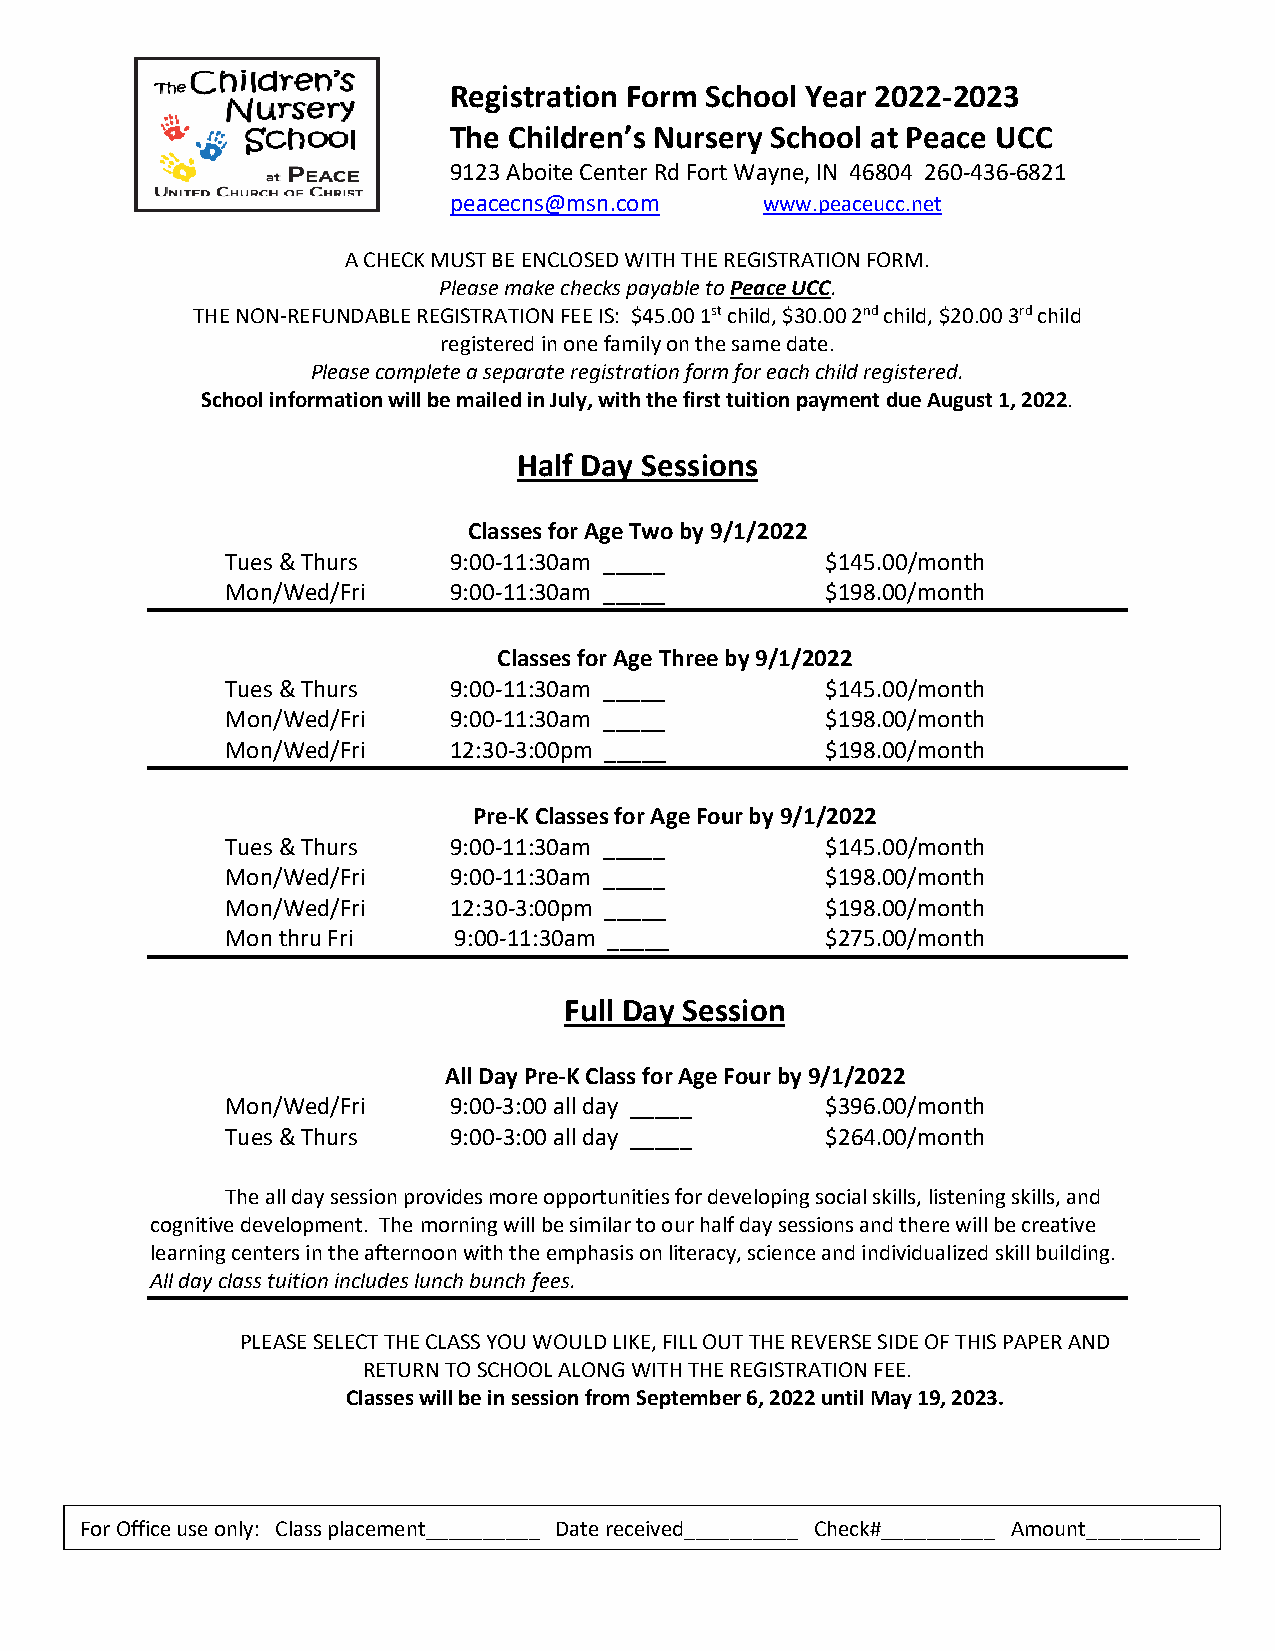
Registration Form School Year 2022-2023
 The Children’s Nursery School at Peace UCC
 9123 Aboite Center Rd Fort Wayne, IN 46804 260-436-6821
 peacecns@msn.com     www.peaceucc.net
 A CHECK MUST BE ENCLOSED WITH THE REGISTRATION FORM.
 Please make checks payable to Peace UCC.
 THE NON-REFUNDABLE REGISTRATION FEE IS: $45.00 1st child, $30.00 2nd child, $20.00 3rd child
 registered in one family on the same date.
 Please complete a separate registration form for each child registered.
 School information will be mailed in July, with the first tuition payment due August 1, 2022.
 Half Day Sessions
 Classes for Age Two by 9/1/2022
 Tues & Thurs   9:00-11:30am _____       $145.00/month
 Mon/Wed/Fri    9:00-11:30am _____       $198.00/month
 Classes for Age Three by 9/1/2022
 Tues & Thurs   9:00-11:30am _____       $145.00/month
 Mon/Wed/Fri    9:00-11:30am _____       $198.00/month
 Mon/Wed/Fri    12:30-3:00pm _____       $198.00/month
 Pre-K Classes for Age Four by 9/1/2022
 Tues & Thurs   9:00-11:30am _____       $145.00/month
 Mon/Wed/Fri    9:00-11:30am _____       $198.00/month
 Mon/Wed/Fri    12:30-3:00pm _____       $198.00/month
 Mon thru Fri   9:00-11:30am _____       $275.00/month
 Full Day Session
 All Day Pre-K Class for Age Four by 9/1/2022
 Mon/Wed/Fri    9:00-3:00 all day _____  $396.00/month
 Tues & Thurs   9:00-3:00 all day _____  $264.00/month
 The all day session provides more opportunities for developing social skills, listening skills, and
 cognitive development. The morning will be similar to our half day sessions and there will be creative
 learning centers in the afternoon with the emphasis on literacy, science and individualized skill building.
 All day class tuition includes lunch bunch fees.
 PLEASE SELECT THE CLASS YOU WOULD LIKE, FILL OUT THE REVERSE SIDE OF THIS PAPER AND
 RETURN TO SCHOOL ALONG WITH THE REGISTRATION FEE.
 Classes will be in session from September 6, 2022 until May 19, 2023.
 For Office use only: Class placement__________ Date received__________ Check#__________ Amount__________